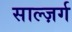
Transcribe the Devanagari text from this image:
साल्ज़र्ग